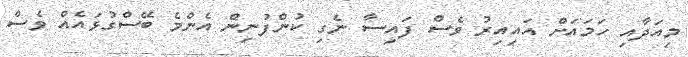
މިއަދާއި ހަމައަށް އައިއިރު ވެސް ފައިސާ ނެގި ކުންފުނިން އެންމެ ބޭސްގުޅައެއް ވެސް